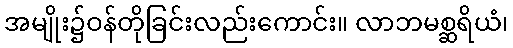
အမျိုး၌ဝန်တိုခြင်းလည်းကောင်း။ လာဘမစ္ဆရိယံ၊